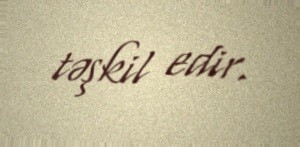
təşkil edir.